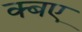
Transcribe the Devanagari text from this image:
क्बए